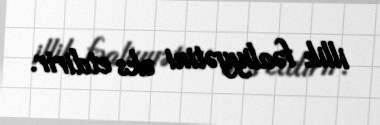
illik fəaliyyətini əks etdirir.